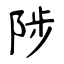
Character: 陟